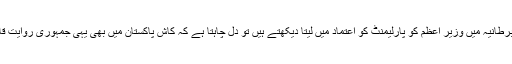
جب برطانیہ میں وزیر اعظم کو پارلیمنٹ کو اعتماد میں لیتا دیکھتے ہیں تو دل چاہتا ہے کہ کاش پاکستان میں بھی یہی جمہوری روایت قائم ہو۔